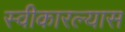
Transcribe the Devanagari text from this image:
स्वीकारल्यास